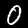
Digit: 0